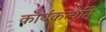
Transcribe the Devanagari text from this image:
कार्यकर्त्यांने